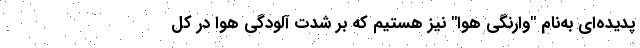
پدیده‌ای به‌نام "وارنگی هوا" نیز هستیم که بر شدت آلودگی هوا در کل